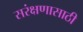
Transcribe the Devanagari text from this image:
सरंक्षणासाठी